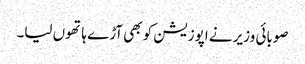
صوبائی وزیر نے اپوزیشن کو بھی آڑے ہاتھوں لیا۔